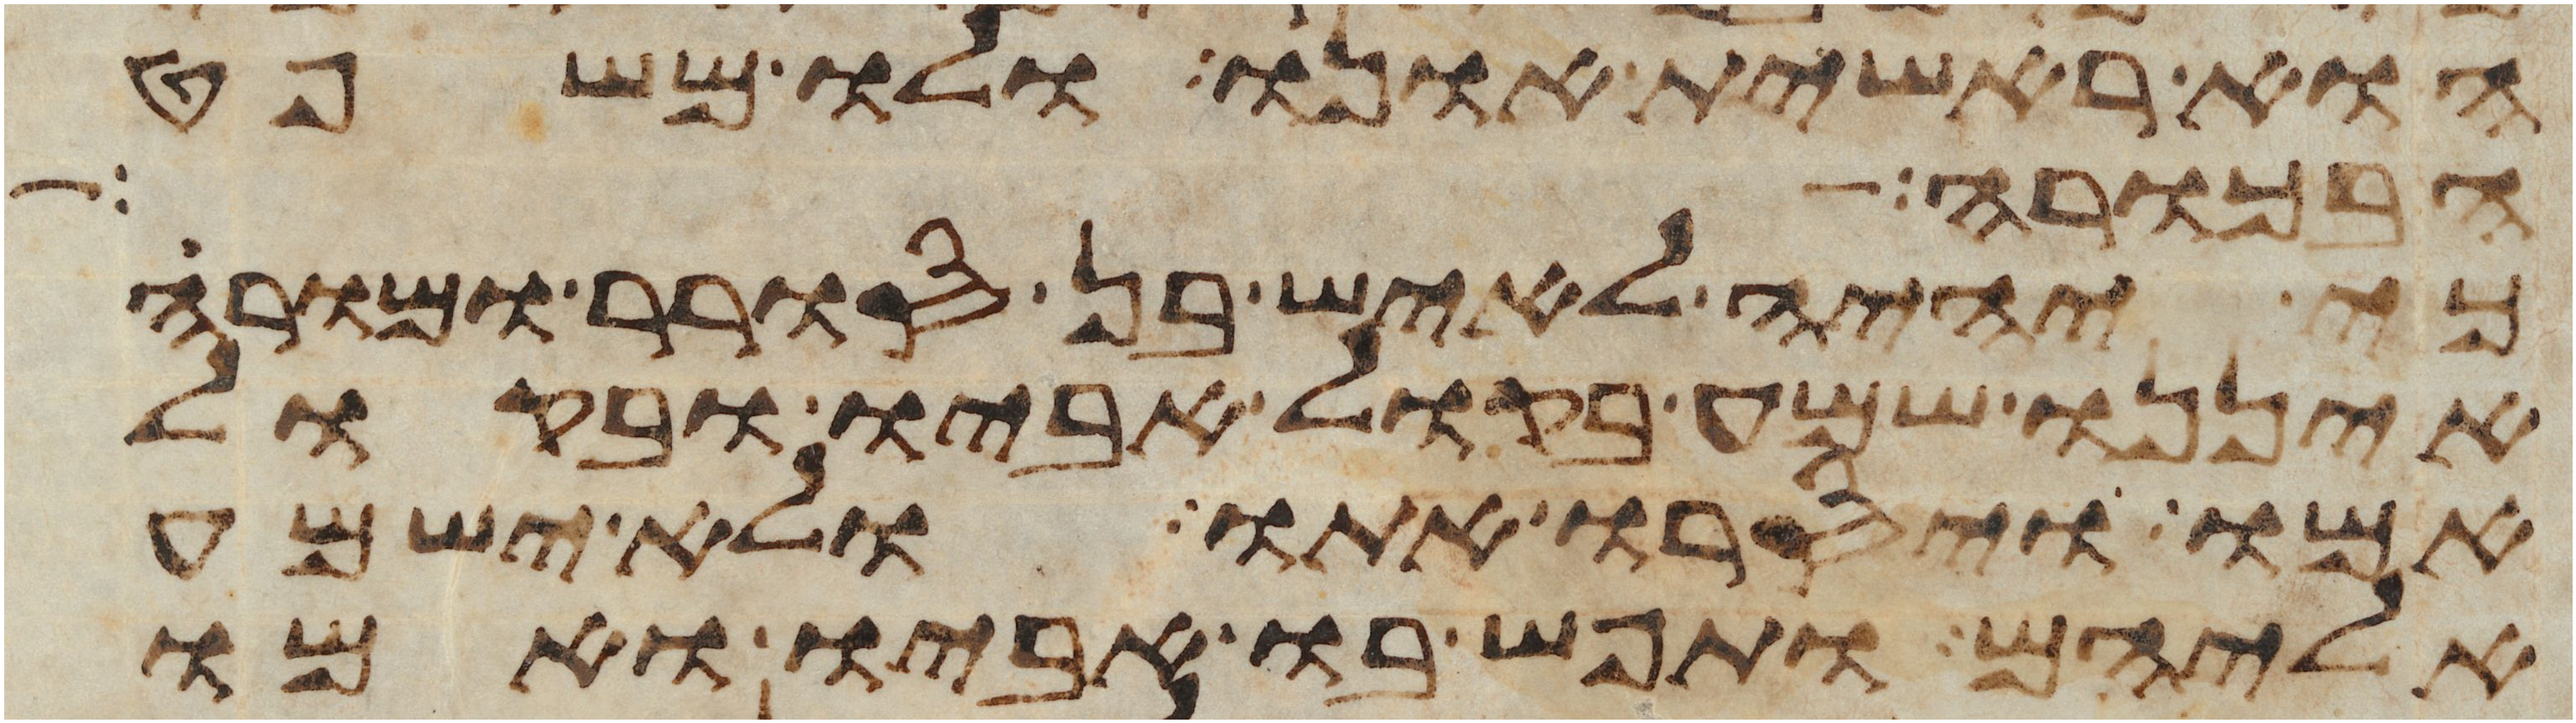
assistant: הוא ראשית אונו ולו משפט
וגרושה וחללה
כי יהיה לאיש בן סורר ומורה
איננו שמע בקול אביו ובקול
אמו ויסרו אתו ולא ישמע
אליהם ותפש בו אביו ואמו